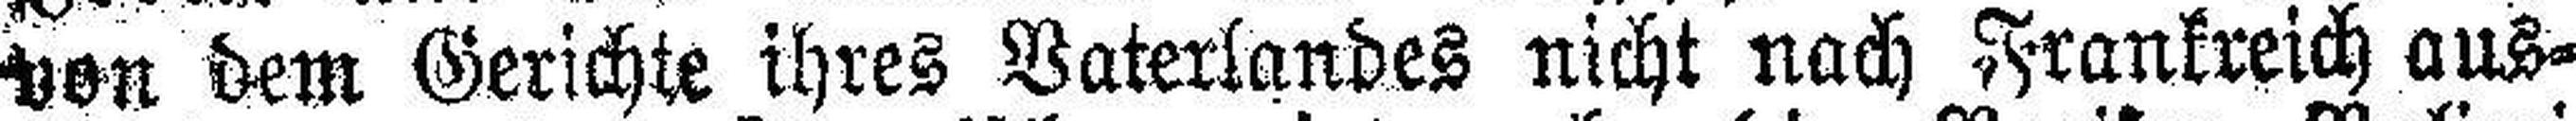
von dem Gerichte ihres Vaterlandes nicht nach Frankreich aus¬